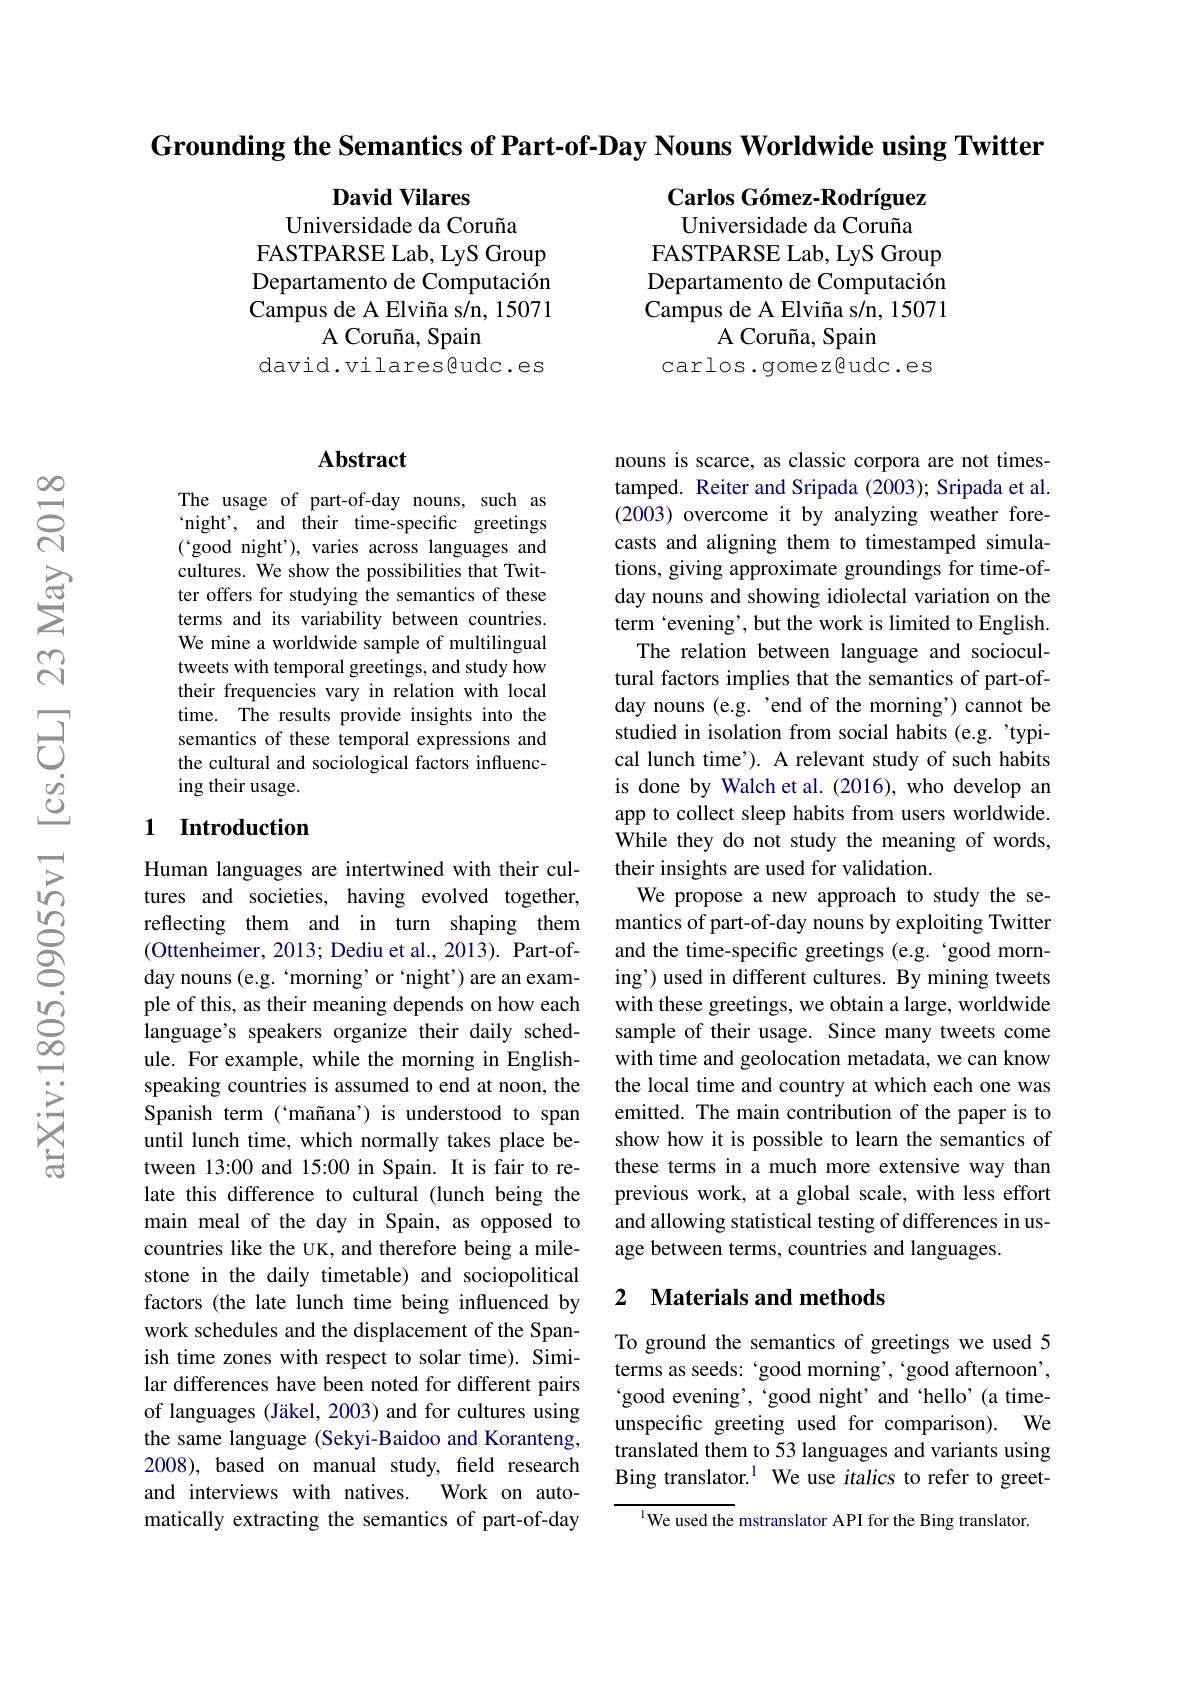
Grounding the Semantics of Part-of-Day Nouns Worldwide using Twitter

David Vilares
Universidade da Coruña
FASTPARSE Lab, LyS Group Departamento de Computación Campus de A Elviña s/n, 15071
A Coruña, Spain
david.vilares@udc.es

$\textbf{Carlos G\'{o} mez- Rodr\'{ı } guez}$ Universidade da Coruña
FASTPARSE Lab, LyS Group Departamento de Computación $\dot{\text{Campus de A Elviña s/n, 15071}}$
A Coruña, Spain
carlos.gomezgudc.es

### $\mathbf{Abstract}$

The usage of part-of-day nouns, such as `night', and their time-specific greetings ('good night'), varies across languages and cultures. We show the possibilities that Twitter offers for studying the semantics of these terms and its variability between countries. We mine a worldwide sample of multilingual tweets with temporal greetings, and study how their frequencies vary in relation with local time. The results provide insights into the semantics of these temporal expressions and the cultural and sociological factors influencing their usage.

## 1 Introduction

Human languages are intertwined with their cultures and societies, having evolved together, reflecting them and in turn shaping them (Ottenheimer, 2013; Dediu et al., 2013). Part-ofday nouns (e.g. ‘morning’or‘night') are an example of this, as their meaning depends on how each language's speakers organize their daily schedule. For example, while the morning in Englishspeaking countries is assumed to end at noon, the Spanish term (`mañana’) is understood to span until lunch time, which normally takes place between 13:00 and 15:00 in Spain. It is fair to relate this difference to cultural (lunch being the main meal of the day in Spain, as opposed to countries like the UK, and therefore being a milestone in the daily timetable) and sociopolitical factors (the late lunch time being influenced by work schedules and the displacement of the Spanish time zones with respect to solar time). Similar differences have been noted for different pairs of languages (Jäkel, 2003) and for cultures using the same language (Sekyi-Baidoo and Koranteng, 2008), based on manual study, feld research and interviews with natives. Work on automatically extracting the semantics of part-of-day

nouns is scarce, as classic corpora are not timestamped. Reiter and Sripada (2003); Sripada et al. (2003) overcome it by analyzing weather forecasts and aligning them to timestamped simulations, giving approximate groundings for time-ofday nouns and showing idiolectal variation on the term 'evening', but the work is limited to English. The relation between language and sociocultural factors implies that the semantics of part-ofday nouns (e.g. 'end of the morning’) cannot be studied in isolation from social habits (e.g.'typical lunch time'). A relevant study of such habits is done by Walch et al. (2016), who develop an app to collect sleep habits from users worldwide. While they do not study the meaning of words, their insights are used for validation.
We propose a new approach to study the semantics of part-of-day nouns by exploiting Twitter and the time-specific greetings (e.g. 'good morning') used in different cultures. By mining tweets with these greetings, we obtain a large, worldwide sample of their usage. Since many tweets come with time and geolocation metadata, we can know the local time and country at which each one was emitted. The main contribution of the paper is to show how it is possible to learn the semantics of these terms in a much more extensive way than previous work, at a global scale, with less effort and allowing statistical testing of differences in usage between terms, countries and languages.

## 2 $\textbf{Materials and methods}$

To ground the semantics of greetings we used 5 terms as seeds: 'good morning', 'good afternoon', $`$good evening', 'good night' and 'hello'(a timeunspecific greeting used for comparison). We translated them to 53 languages and variants using Bing translator.$^{1}$ We use italics to refer to greet-

$^{\mathrm{l}}$We used the mstranslator API for the Bing translator.